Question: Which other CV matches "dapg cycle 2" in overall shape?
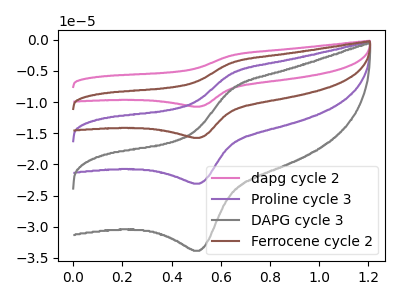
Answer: <think>The pink curve "dapg cycle 2" has an anodic peak at (0.65V, -16.20uA) and a cathodic peak at (0.50V, -69.25uA). The purple curve "Proline cycle 3" has an anodic peak at (0.65V, -5.40uA) and a cathodic peak at (0.50V, -23.10uA). The gray curve "DAPG cycle 3" has an anodic peak at (0.65V, -7.90uA) and a cathodic peak at (0.50V, -33.85uA). The brown curve "Ferrocene cycle 2" has an anodic peak at (0.65V, -10.80uA) and a cathodic peak at (0.50V, -46.20uA).
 All the peaks in "dapg cycle 2" have a peak in "Proline cycle 3" at the same potential. All the peaks in "dapg cycle 2" have a peak in "DAPG cycle 3" at the same potential. All the peaks in "dapg cycle 2" have a peak in "Ferrocene cycle 2" at the same potential. All the peaks in "Proline cycle 3" have a peak in "DAPG cycle 3" at the same potential. All the peaks in "Proline cycle 3" have a peak in "Ferrocene cycle 2" at the same potential. All the peaks in "DAPG cycle 3" have a peak in "Ferrocene cycle 2" at the same potential.</think>
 <answer>"dapg cycle 2", "Proline cycle 3" and "Ferrocene cycle 2" have a similar shape to "DAPG cycle 3".</answer>
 <eval>"dapg cycle 2" "Proline cycle 3" "Ferrocene cycle 2"</eval>